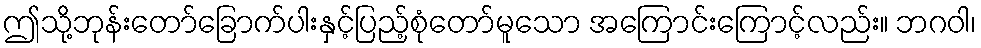
ဤသို့ဘုန်းတော်ခြောက်ပါးနှင့်ပြည့်စုံတော်မူသော အကြောင်းကြောင့်လည်း။ ဘဂဝါ၊